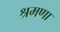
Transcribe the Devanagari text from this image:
श्रमणा